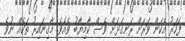
ފަހަރު އެކަން ވަރަށް ރަނގަޅަށް ވެސް ކާމިޔާބު ވެއެވެ. މާގިނައިރު ތަކެއް ނުވެ